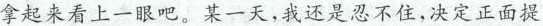
拿起来看上一眼吧。某一天，我还是忍不住，决定正面提